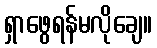
ရှာဖွေရန်မလိုချေ။